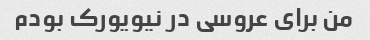
من برای عروسی در نیویورک بودم